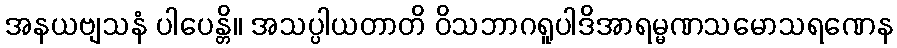
အနယဗျသနံ ပါပေန္တိ။ အသပ္ပါယတာတိ ဝိသဘာဂရူပါဒိအာရမ္မဏသမောသရဏေန